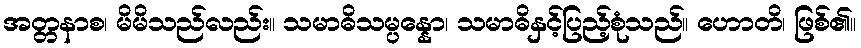
အတ္တနာစ၊ မိမိသည်လည်း။ သမာဓိသမ္ပန္နော၊ သမာဓိနှင့်ပြည့်စုံသည်။ ဟောတိ၊ ဖြစ်၏။